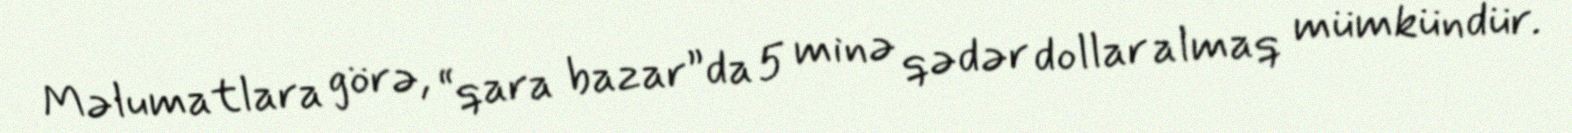
Məlumatlara görə, “qara bazar”da 5 minə qədər dollar almaq mümkündür.